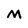
Character: M